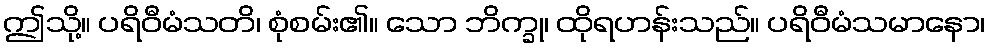
ဤသို့။ ပရိဝီမံသတိ၊ စုံစမ်း၏။ သော ဘိက္ခု၊ ထိုရဟန်းသည်။ ပရိဝီမံသမာနော၊